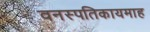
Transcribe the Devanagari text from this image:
वनस्पतिकायमाह